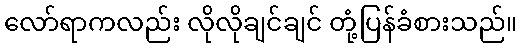
လော်ရာကလည်း လိုလိုချင်ချင် တုံ့ပြန်ခံစားသည်။